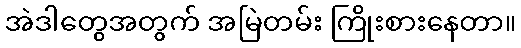
အဲဒါတွေအတွက် အမြဲတမ်း ကြိုးစားနေတာ။